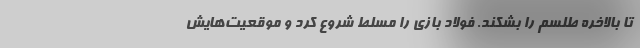
تا بالاخره طلسم را بشکند. فولاد بازی را مسلط شروع کرد و موقعیت‌هایش